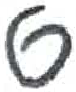
אות: ס